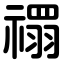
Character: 禤